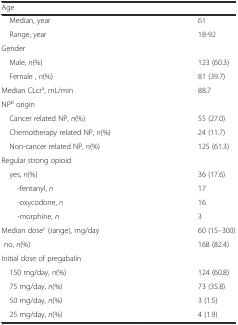
<table><thead><tr><td><b>Age</b></td><td></td></tr></thead><tbody><tr><td> Median, year</td><td>61</td></tr><tr><td> Range, year</td><td>18-92</td></tr><tr><td>Gender</td><td></td></tr><tr><td> Male, <i>n</i>(%)</td><td>123 (60.3)</td></tr><tr><td> Female , <i>n</i>(%)</td><td>81 (39.7)</td></tr><tr><td>Median CLcr<sup>a</sup>, mL/min</td><td>88.7</td></tr><tr><td>NP<sup>b</sup> origin</td><td></td></tr><tr><td> Cancer related NP, <i>n</i>(%)</td><td>55 (27.0)</td></tr><tr><td> Chemotherapy related NP, <i>n</i>(%)</td><td>24 (11.7)</td></tr><tr><td> Non-cancer related NP, <i>n</i>(%)</td><td>125 (61.3)</td></tr><tr><td>Regular strong opioid</td><td></td></tr><tr><td> yes, <i>n</i>(%)</td><td>36 (17.6)</td></tr><tr><td>-fentanyl, <i>n</i></td><td>17</td></tr><tr><td>-oxycodone, <i>n</i></td><td>16</td></tr><tr><td>-morphine, <i>n</i></td><td>3</td></tr><tr><td>Median dose<sup>c</sup> (range), mg/day</td><td>60 (15–300)</td></tr><tr><td> no, <i>n</i>(%)</td><td>168 (82.4)</td></tr><tr><td>Initial dose of pregabalin</td><td></td></tr><tr><td> 150 mg/day, <i>n</i>(%)</td><td>124 (60.8)</td></tr><tr><td> 75 mg/day, <i>n</i>(%)</td><td>73 (35.8)</td></tr><tr><td> 50 mg/day, <i>n</i>(%)</td><td>3 (1.5)</td></tr><tr><td> 25 mg/day, <i>n</i>(%)</td><td>4 (1.9)</td></tr></tbody></table>